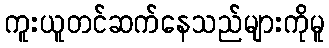
ကူးယူတင်ဆက်နေသည်များကိုမူ